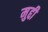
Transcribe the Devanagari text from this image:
मुद्दी